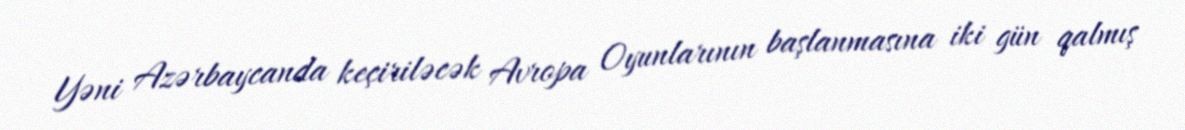
Yəni Azərbaycanda keçiriləcək Avropa Oyunlarının başlanmasına iki gün qalmış